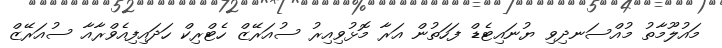
މައުލޫމާތު މުއްސަނދިވި ޔުނައިޓެޑް ފަހަތުން އަރާ މޮޅުވިއިރު ސުއަރޭޒް ހެޓްރިކް ހަދައިފިއެވްރާއާ ސުއަރޭޒް